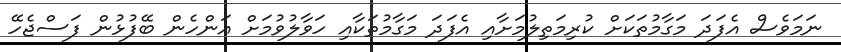
ނަމަވެސް އެފަދަ މަގާމުތަކަށް ކުރިމަތިލުމަށާއި އެފަދަ މަގާމުތަކާއި ހަވާލުވުމަށް އަންހެން ބޭފުޅުން ފަސްޖެހޭ